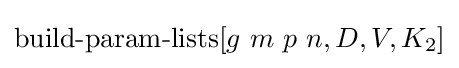
\operatorname {build-param-lists} [g\ m\ p\ n,D,V,K_{2}]